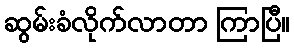
ဆွမ်းခံလိုက်လာတာ ကြာပြီ။